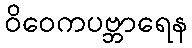
ဝိဝေကပဗ္ဘာရေန